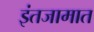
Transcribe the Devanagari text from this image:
इंतजामात